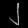
Digit: ၂